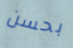
بحسن